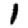
Digit: 1